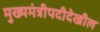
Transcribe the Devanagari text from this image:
मुख्यमंत्रीपदीदेखील